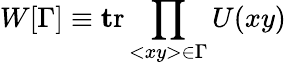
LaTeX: W[\Gamma]\equiv\mathrm{\mathbf tr}\prod_{<xy>\in\Gamma}U(xy)